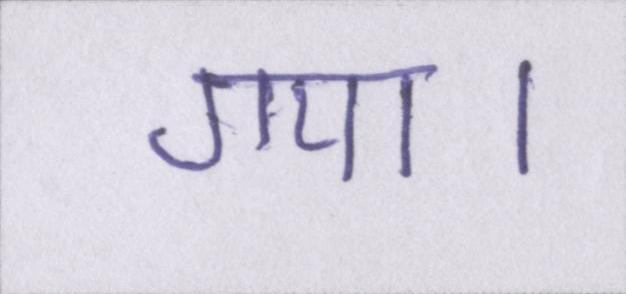
गया।